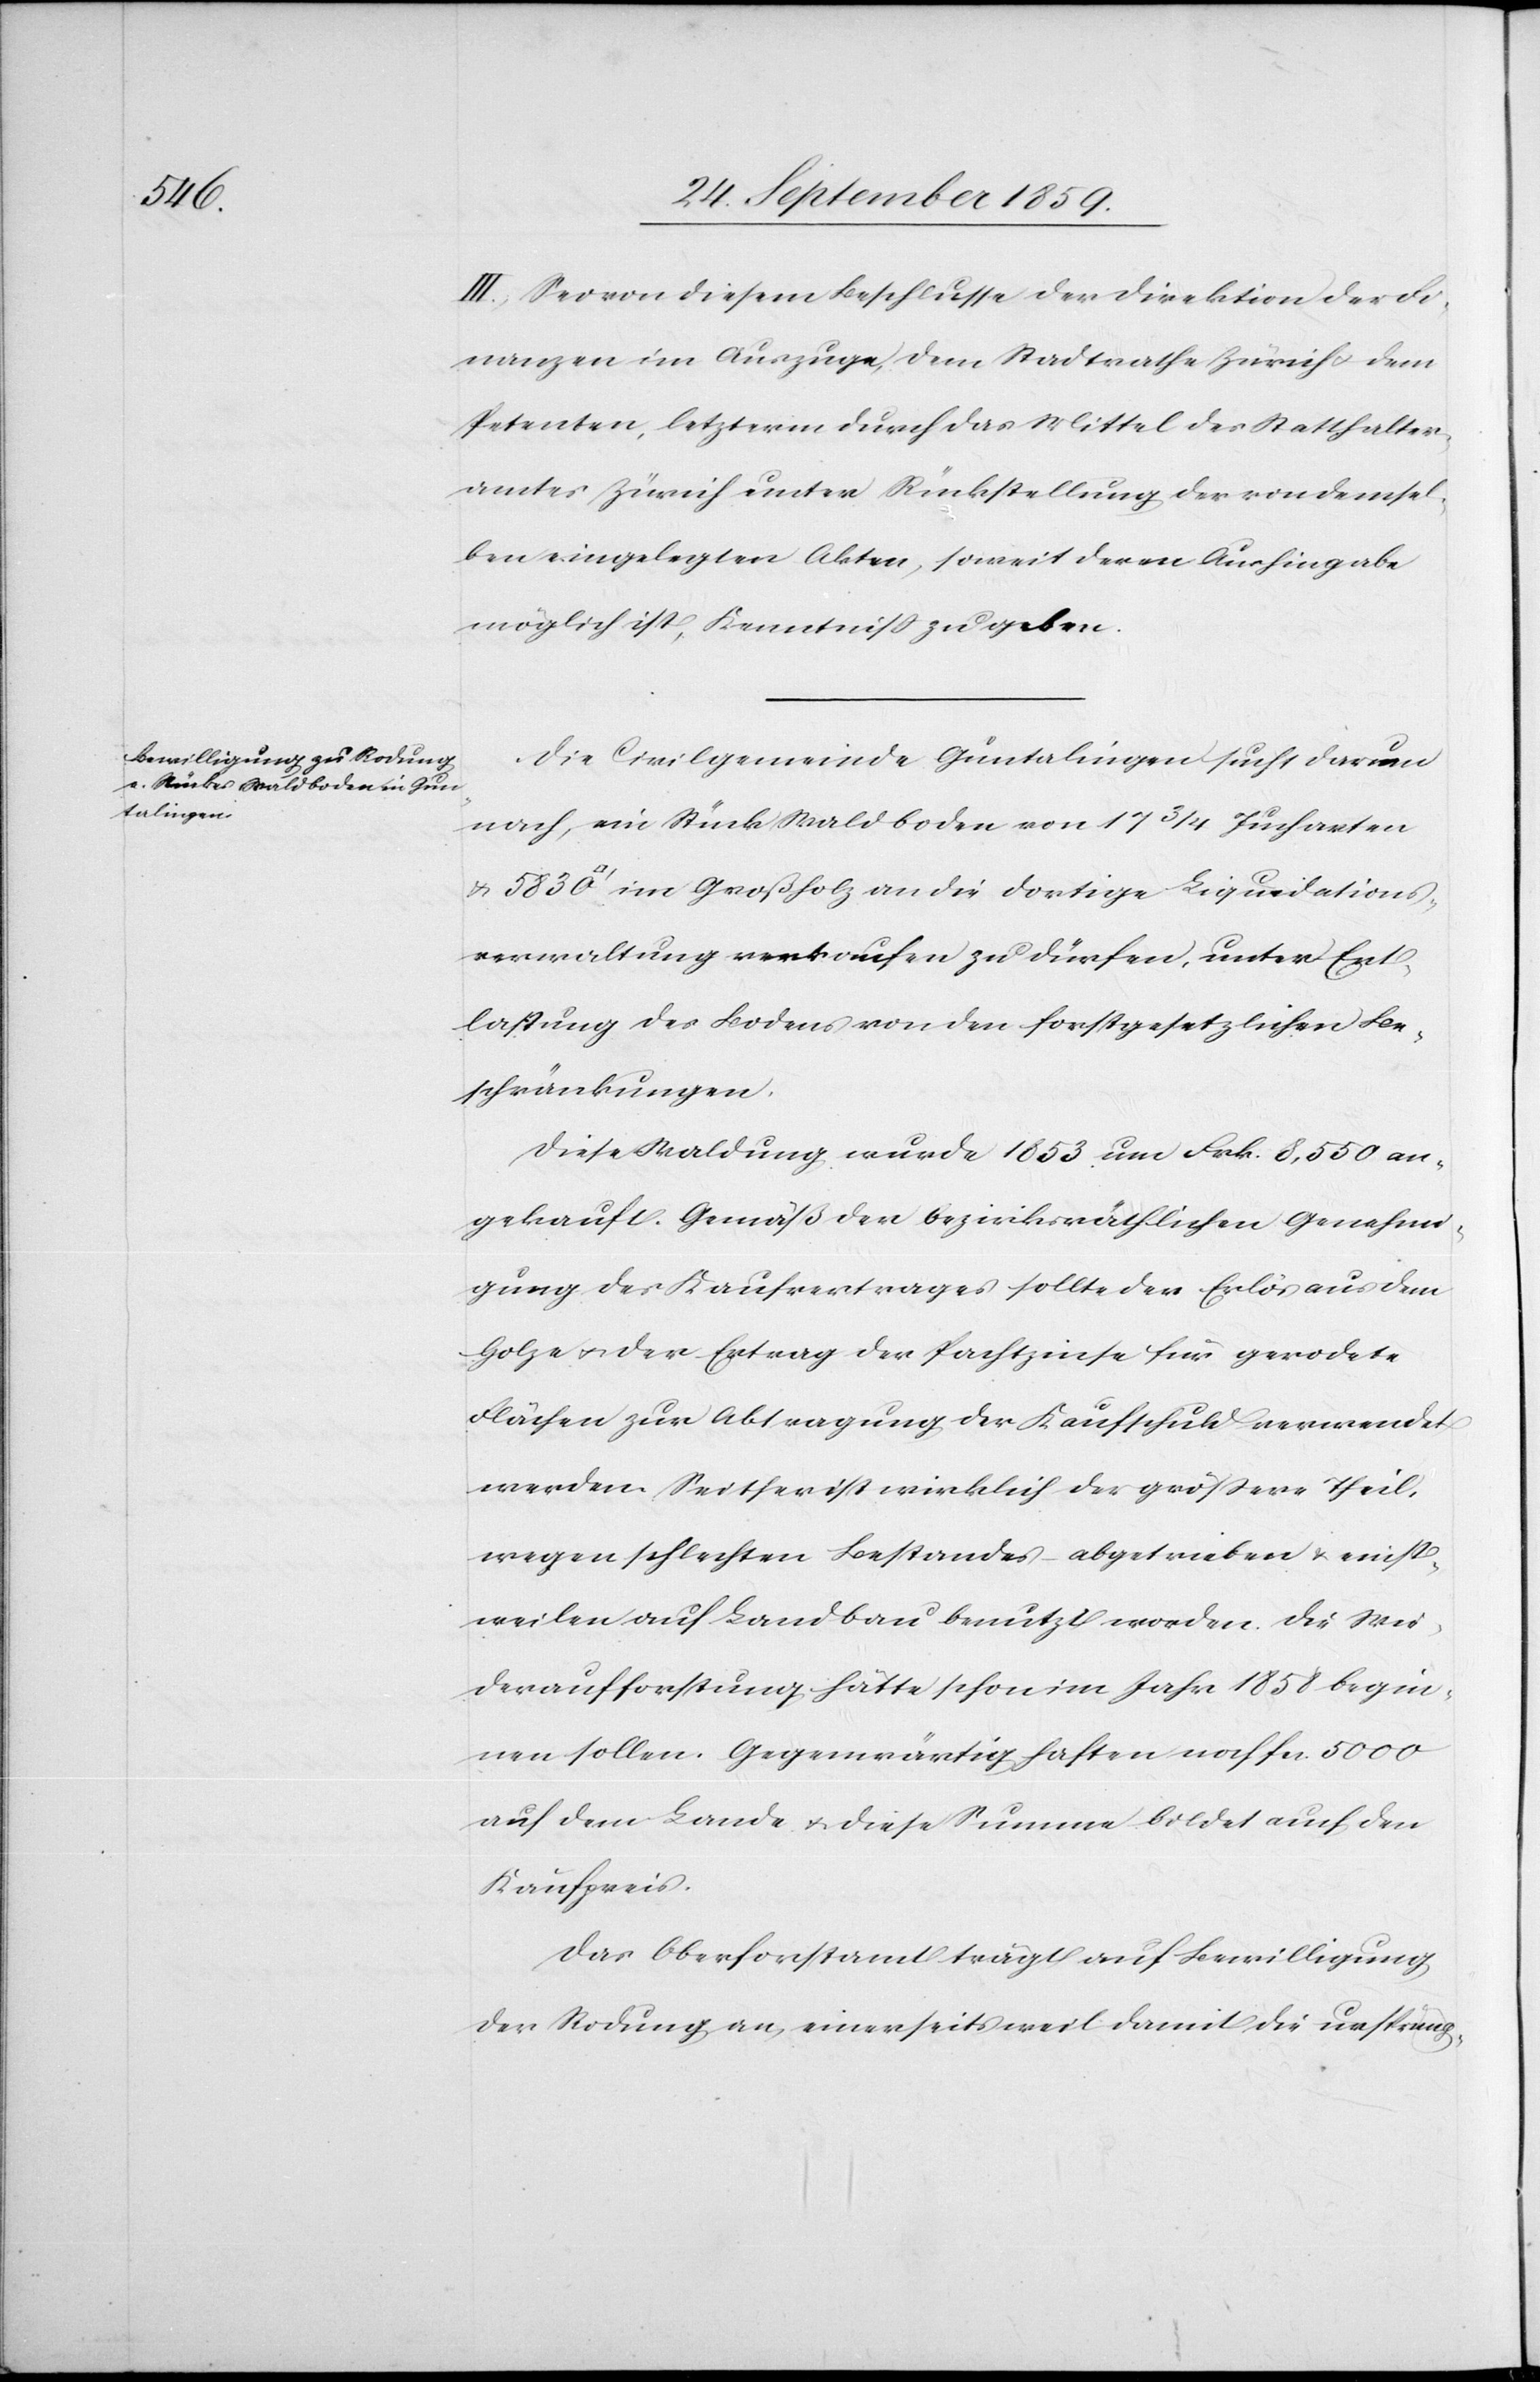
III. Sei von diesem Beschlusse der Direktion der Fi¬
nanzen im Auszuge, dem Stadtrathe Zürich & dem
Petenten, letzterm durch das Mittel des Statthalter¬
amtes Zürich unter Rückstellung der von demsel¬
ben eingelegten Akten, soweit deren Aushingabe
möglich ist, Kenntniß zu geben.
Die Civilgemeinde Guntalingen sucht darum
nach, ein Stück Waldboden von 173/4 Jucharten
[Quadratfuss] im Großholz an die dortige Liquidations¬
verwaltung verkaufen zu dürfen, unter Ent¬
lastung des Bodens von den forstgesetzlichen Be¬
schränkungen.
Diese Waldung wurde 1853 um Frk. 8,550 an¬
gekauft. Gemäß der bezirksräthlichen Genehmi¬
gung des Kaufvertrages sollte der Erlös aus dem
Holze & der Ertrag der Pachtzinse für gerodete
Flächen zur Abtragung der Kaufschuld verwendet
werden. Seither ist wirklich der größere Theil
wegen schlechten Bestandes abgetrieben & einst¬
weilen auf Landbau benutzt worden. Die Wie¬
deraufforstung hätte schon im Jahre 1858 begin¬
nen sollen. Gegenwärtig haften noch fcs. 5000
auf dem Lande & diese Summe bildet auf den
Kaufpreis.
Das Oberforstamt trägt auf Bewilligung
der Rodung an, einerseits weil damit die ursprüng-